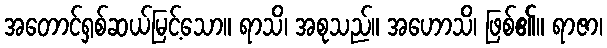
အတောင်ရှစ်ဆယ်မြင့်သော။ ရာသိ၊ အစုသည်။ အဟောသိ၊ ဖြစ်၏။ ရာဇာ၊